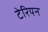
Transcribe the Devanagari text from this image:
टेरियन